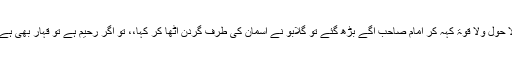
لا حول ولا قوۃ کہہ کر امام صاحب آگے بڑھ گئے تو گلابو نے آسمان کی طرف گردن اْٹھا کر کہا،، تْو اگر رحیم ہے تو قہار بھی ہے!